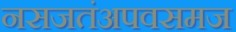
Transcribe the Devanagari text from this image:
नसजतंअपवसमज